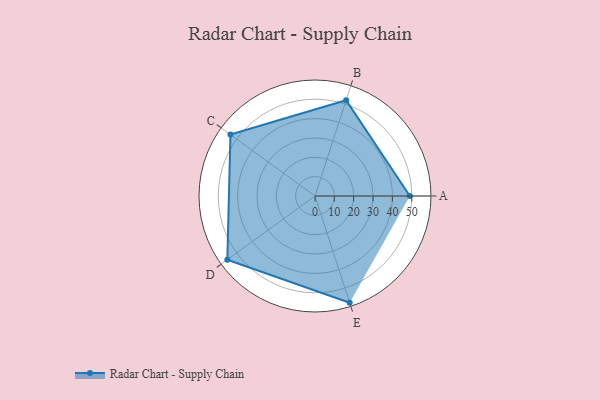
{"axis": {"x": "Skill", "y": "Score"}, "legend": ["Profile"], "data": [{"x": "A", "y": 49.0, "type": "Profile"}, {"x": "B", "y": 52.0, "type": "Profile"}, {"x": "C", "y": 54.0, "type": "Profile"}, {"x": "D", "y": 56.0, "type": "Profile"}, {"x": "E", "y": 58.0, "type": "Profile"}]}